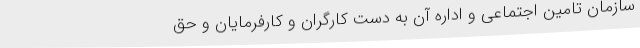
سازمان تامین اجتماعی و اداره آن به دست کارگران و کارفرمایان و حق